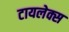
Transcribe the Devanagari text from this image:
टायलेक्स